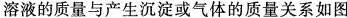
溶液的质量与产生沉淀或气体的质量关系如图